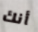
أنك